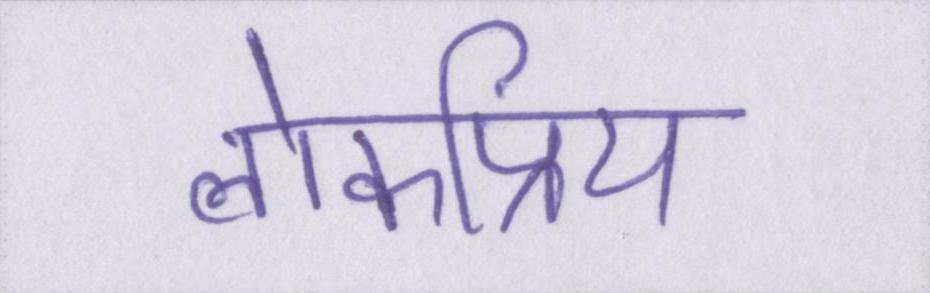
लोकप्रिय